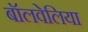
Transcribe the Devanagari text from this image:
बॉलवेलिया